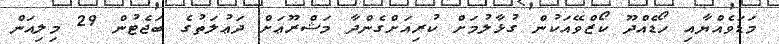
މަޑަވެއްޔާއި ހޯޑެއްދޫ ކޯޒްވޭއަކުން ގުޅާލުމަށް ކުރިއަށްގެންދާ މަޝްރޫޢަށް ދަޢުލަތުގެ ބަޖެޓުން 29 މިލިއަން